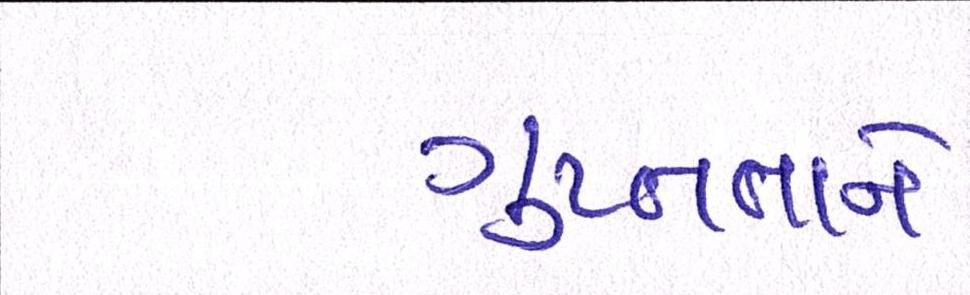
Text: ગુપ્તતાને